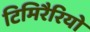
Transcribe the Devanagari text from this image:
टिमिरैरियो